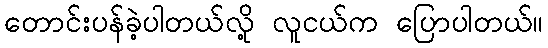
တောင်းပန်ခဲ့ပါတယ်လို့ လူငယ်က ပြောပါတယ်။